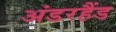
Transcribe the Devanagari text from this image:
अंडरहैंड